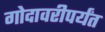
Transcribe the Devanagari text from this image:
गोदावरीपर्यंत